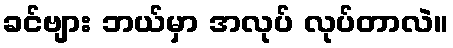
ခင်ဗျား ဘယ်မှာ အလုပ် လုပ်တာလဲ။